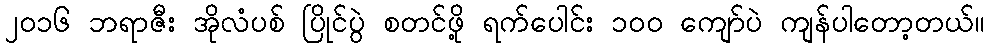
၂၀၁၆ ဘရာဇီး အိုလံပစ် ပြိုင်ပွဲ စတင်ဖို့ ရက်ပေါင်း ၁၀၀ ကျော်ပဲ ကျန်ပါတော့တယ်။